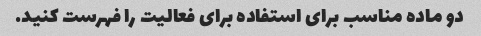
دو ماده مناسب برای استفاده برای فعالیت را فهرست کنید.